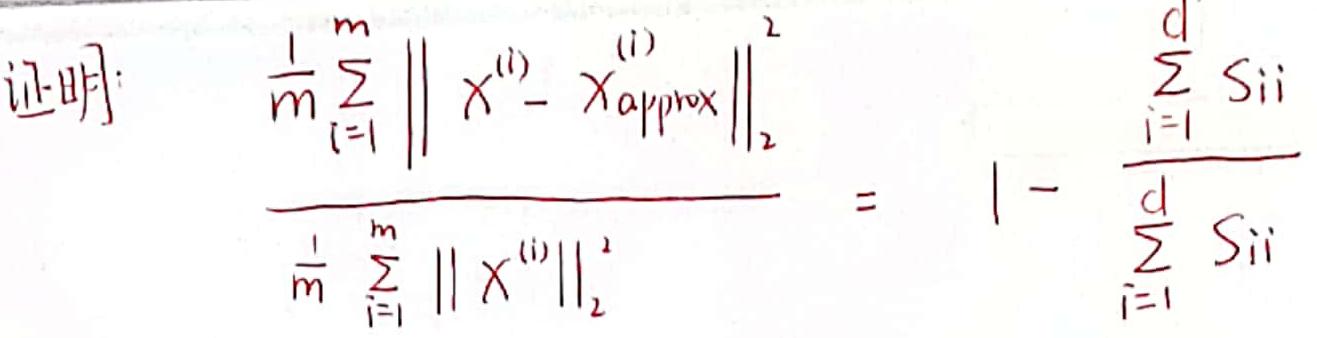
证明:
\[
\frac{\frac{1}{m} \sum_{i = 1}^{m} \left\lVert X^{(i)} - X_{\text{approx}}^{(i)} \right\rVert_{2}^{2}}{\frac{1}{m} \sum_{i = 1}^{m} \left\lVert X^{(i)} \right\rVert_{2}^{2}} = 1 - \frac{\sum_{i = 1}^{d} S_{ii}}{\sum_{i = 1}^{d} S_{ii}}
\]